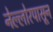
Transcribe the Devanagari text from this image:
नेल्लोरपासून